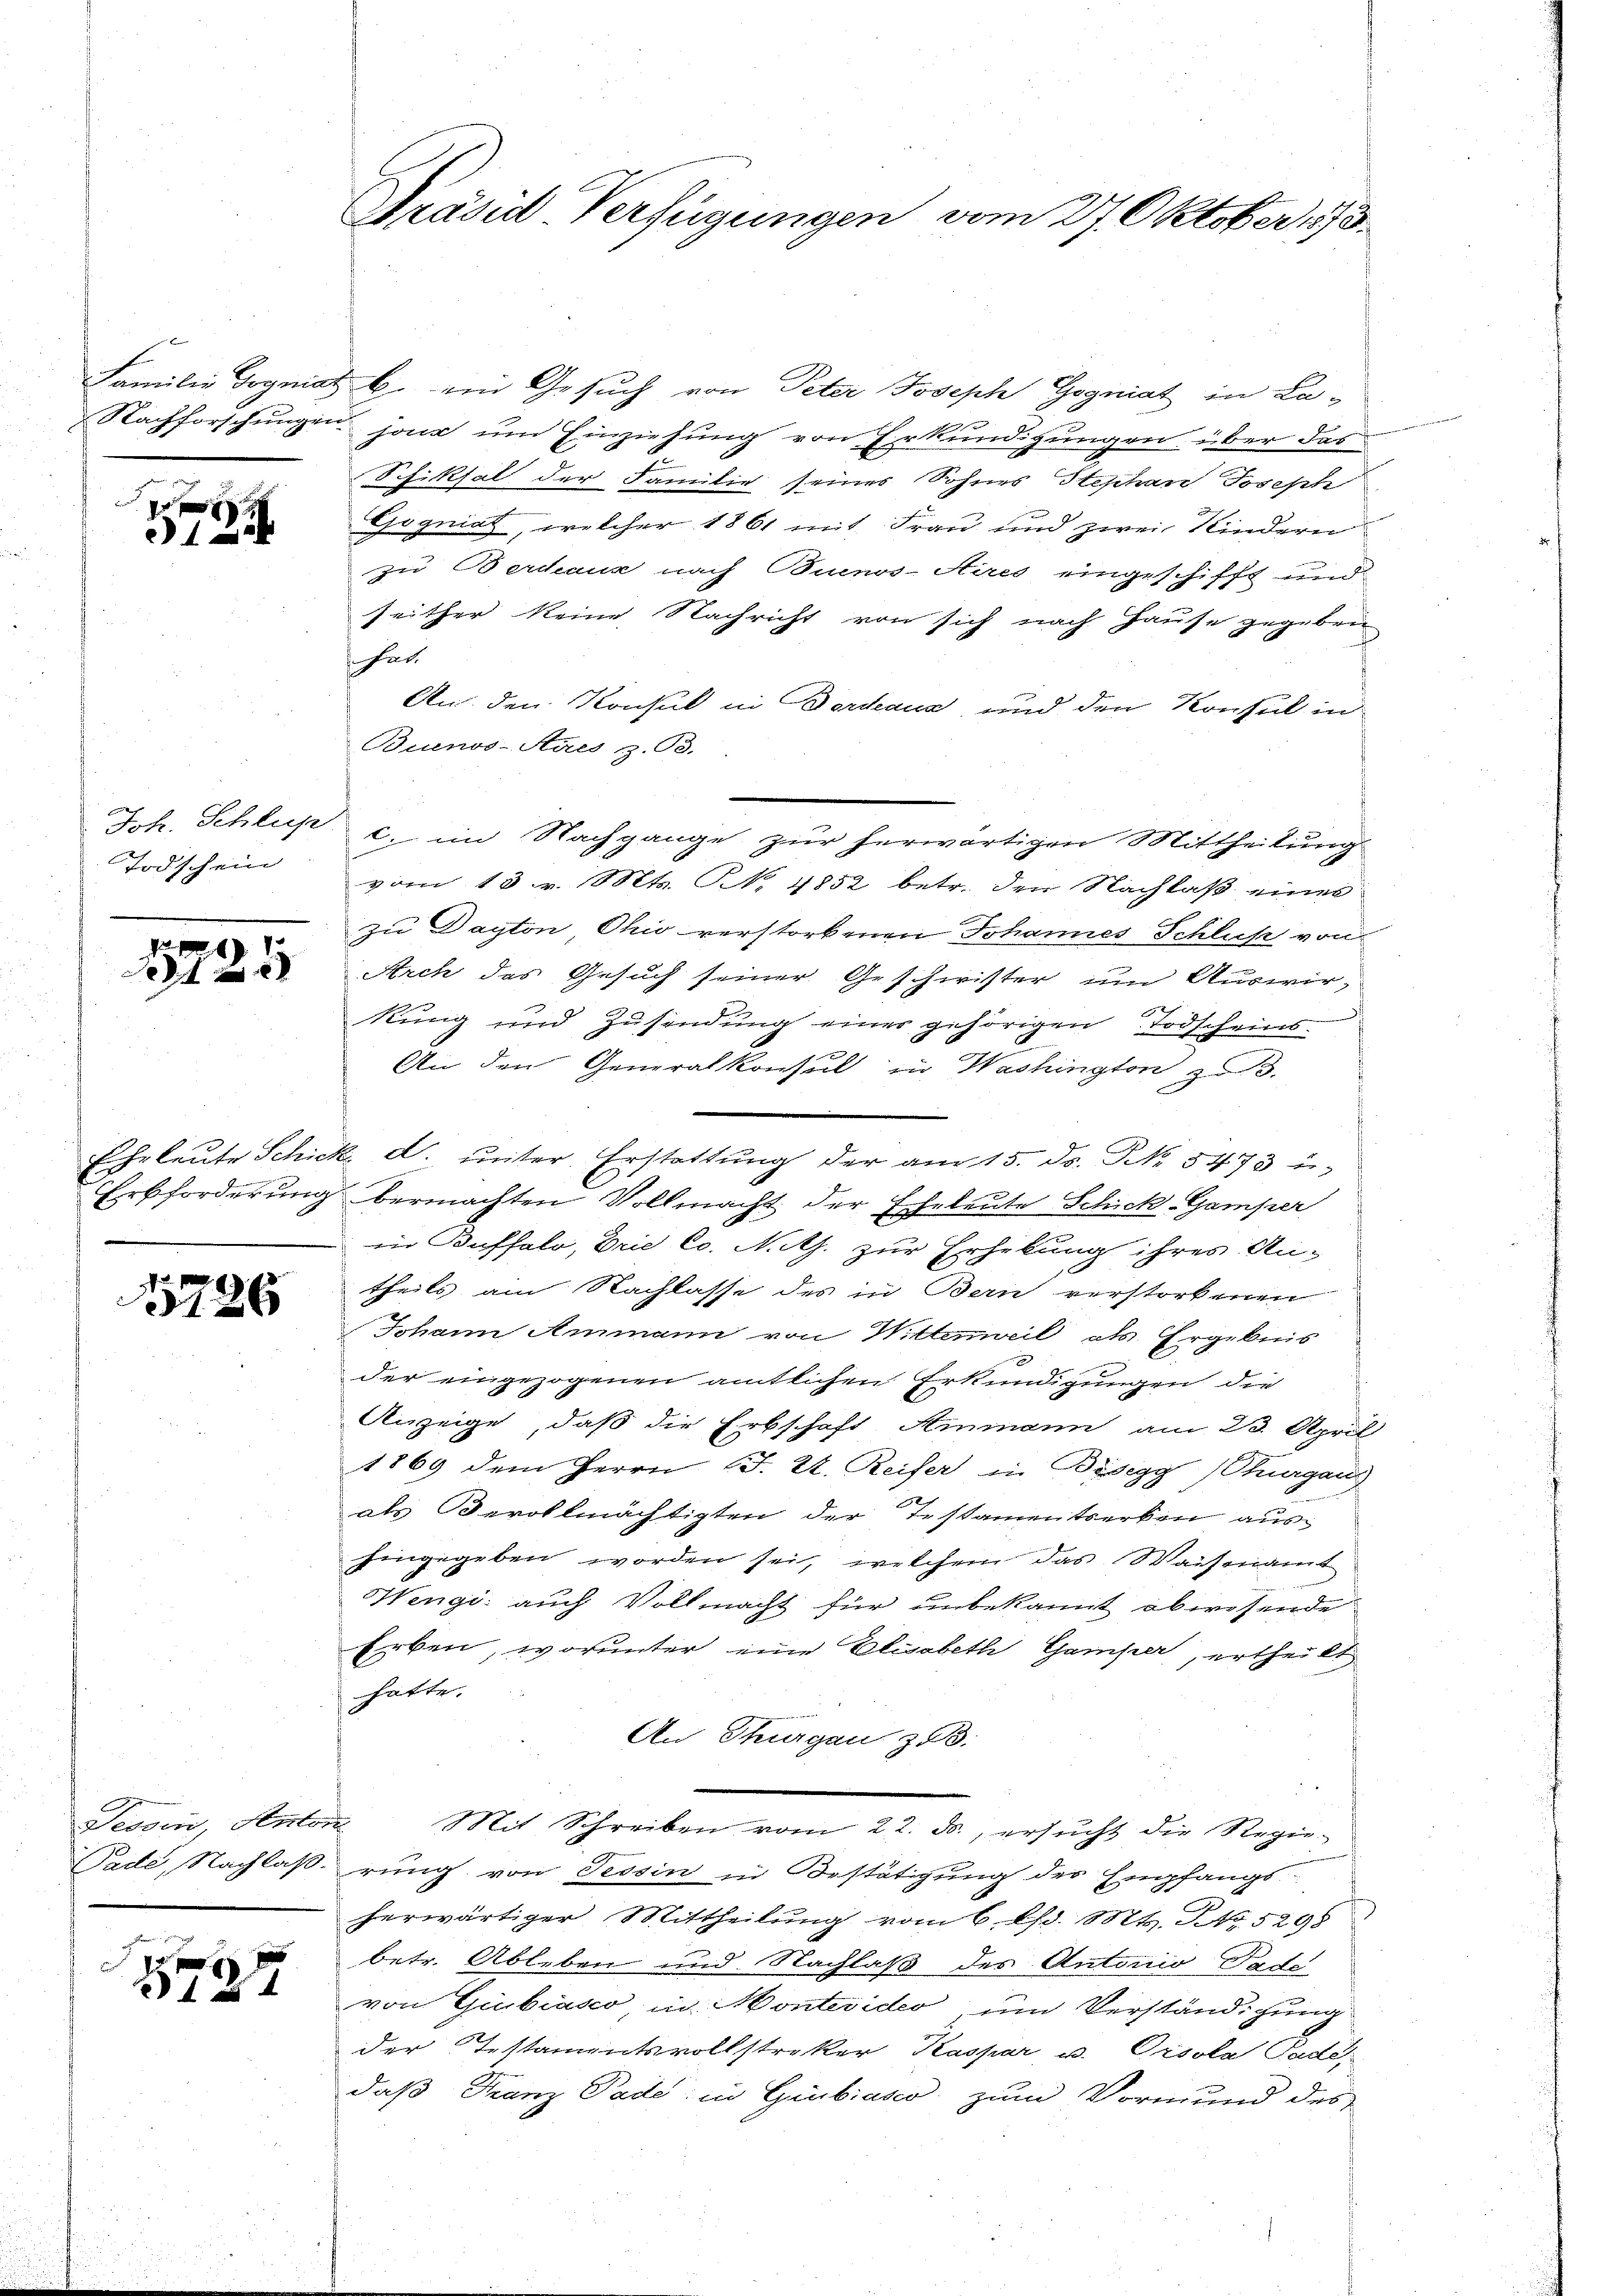
122

Joh. Schlus
Todschein

d
21.
2

Erbforderung

5726

Pade, Nachlaß.

1

Präsid. Verfügungen vom 27. Oktober 1793.

Familie Gogniat b. ein Gesuch von Peter Joseph Gogniat in La-
Nachforschŭngen jour um Einziehung von Erkundigungen über das
Pehiksal der Familie seines Sohnes Stephan Joseph
Gogniat, welcher 1861 mit Frau und zwei Kinderen
zu Berdaus nach Buenos-Aires eingeschifft und
seither keine Nachricht von sich nach Hause gegeben
hat
An den Konsul in Dordeaux, und den Konsul in
Buenos-Aires z. T.
c. im Nachgange zur herwärtigen Mittheilung
vom 13. v. Mts. N. 4852 betr. den Nachlaß eines
zu Dayton, Ohio verstorbenen Johannes Schluß von
Arch das Gesuch seiner Geschwister um Auswir¬

kung und Zusendung einer gehörigen Todscheins¬
An den Generalkonsul in Washington zu 3.
Eheleute Schick d. unter Erstattung der am 15. ds. No. 5473 u.
bermachten Vollmacht der Eheleute Schick-Gamper
in Buffalo, Drie Co. Noth. zur Erhebung ihres An-
theils am Nachlasse des in Bern verstorbenen
Johann Ammann von Wittenweil als Ergebnis
der eingezogenen amtlichen Erkundigungen die
Anzeige, daß die Erbschaft Ammann am 23. April
1869 dem Herrn (T. K. Reiser in Bösigg (Thurgaus
als Bevollmächtigten der Testamentserken aushingegeben worden sei, welchem das Waisenamt
Hengi: auch Vollmacht für unbekannt abwesende
Erben, worunter eine Elisabeth Gamper, ertheilt
hatte.
An Thurgau, z. B.
Tessin, Anton Mit Schreiben vom 22. ds., ersŭcht die Regie-
rung von Tessin in Bestätigung des Empfangsherwärtiger Mittheilung vom 6. d. Mts. No. 5298
betr. Ableben und Nachlaß des Antonio Tade
von Giubiasco, in Montevideo, um Verständigung
der Testamentsvollstreker Kaspar u. Orsola Padedaß Franz Pade in Gubiasco, zum Vormund des